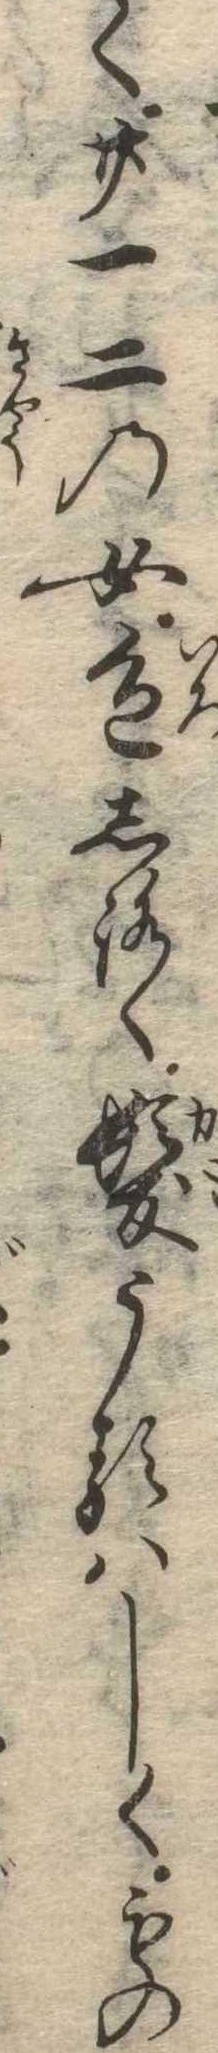
く廿一二の女色しろく髪うるはしくもの